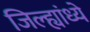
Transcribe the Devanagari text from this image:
जिल्ह्यांध्ये